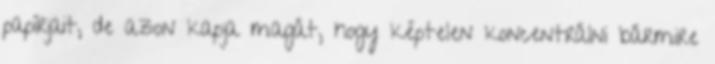
papírjait, de azon kapja magát, hogy képtelen koncentrálni bármire